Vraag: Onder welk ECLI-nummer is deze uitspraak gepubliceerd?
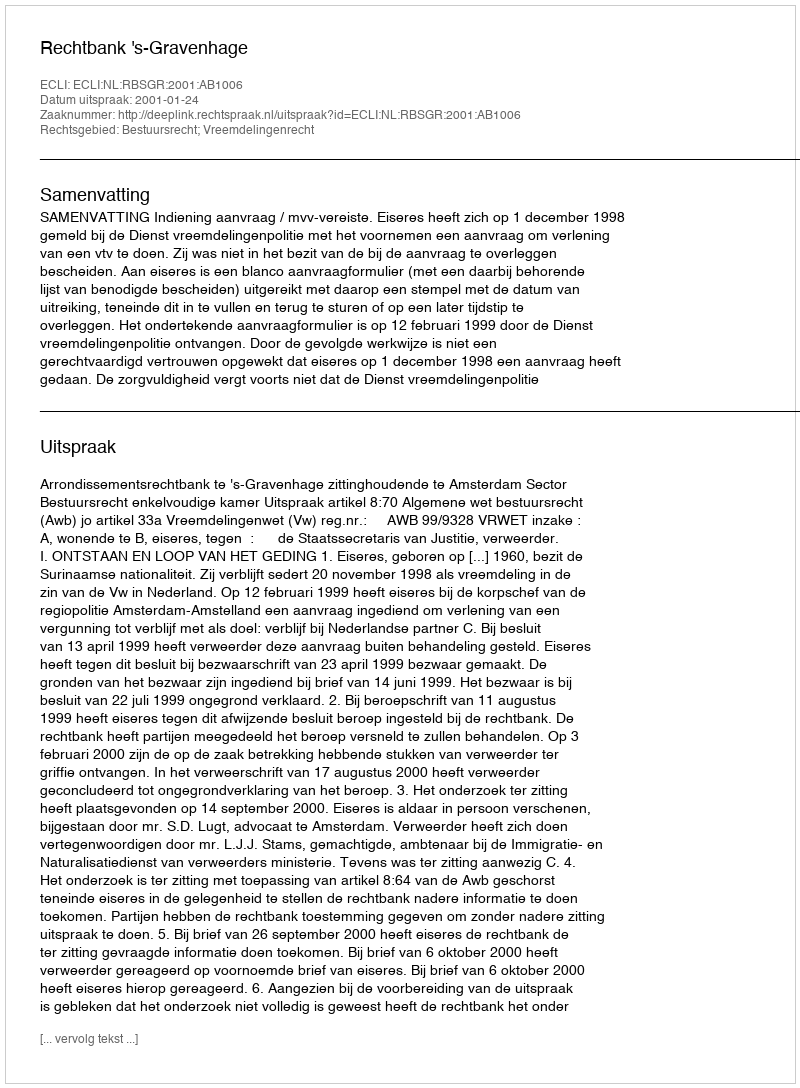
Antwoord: ECLI:NL:RBSGR:2001:AB1006